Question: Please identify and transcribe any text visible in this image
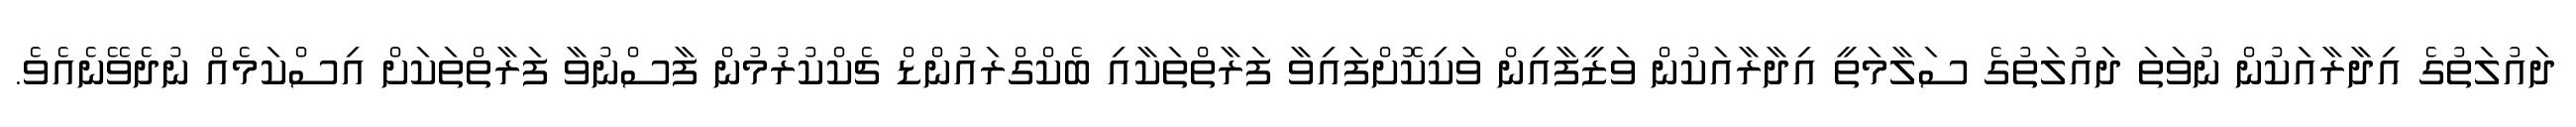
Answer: ދައުލަތުގެ އިދާރާއަކުން ނުވަތަ ދައުލަތުގެ ސަލާމަތީ އިދާރާއަކުން ވަޒީފާއިން ވަކިކޮށްފައިވާ ފަރާތްތަކާއި ބެކްގްރައުންޑް ޗެކްކުރުމުން ފާސްނުވާ ފަރާތްތަކަށް އިސްކަމެއް ނުދެވޭނެއެވެ.